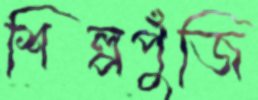
শিল্পপুঁজি